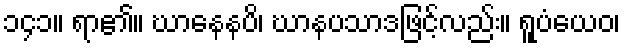
၁၄၁။ ရာ၏။ ဃာနေနပိ၊ ဃာနပသာဒဖြင့်လည်း။ ရူပံယေဝ၊